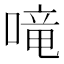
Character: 𠺠